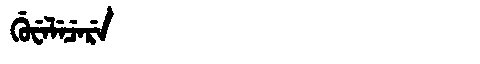
Manchu: ᡤᡠᠸᡝᠯᡝᠴᡝᡵᡝ
Romanization: GUWELECERE